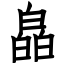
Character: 皛